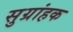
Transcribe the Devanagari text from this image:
सुग्रांहक